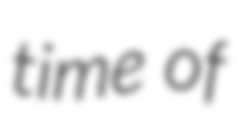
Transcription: time of